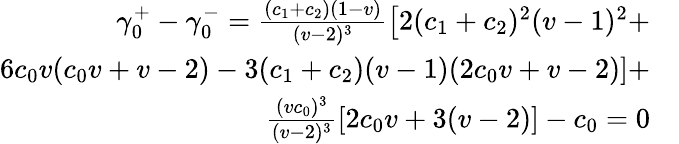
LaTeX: \begin{array}{rl}{\gamma_{0}^{+}-\gamma_{0}^{-}=\frac{(c_{1}+c_{2})(1-v)}{(v-2)^{3}}\left[2(c_{1}+c_{2})^{2}(v-1)^{2}+\right.}&{{}}\\ {\left.6c_{0}v(c_{0}v+v-2)-3(c_{1}+c_{2})(v-1)(2c_{0}v+v-2)\right]+}&{{}}\\ {\frac{(vc_{0})^{3}}{(v-2)^{3}}\left[2c_{0}v+3(v-2)\right]-c_{0}=0}\end{array}